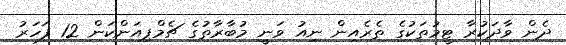
ދެން ވާދަކުރާ ޓީމުތަކުގެ ތެރެއިން ނިއު ވަނީ މުބާރާތުގެ ޗެމްޕިއަންކަން 12 ފަހަރު